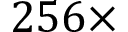
2 5 6 \times